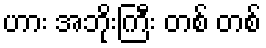
ဟား အဘိုးကြီး တစ် တစ်